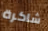
شاكرة